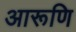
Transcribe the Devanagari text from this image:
आरूणि